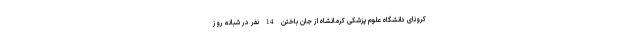
کرونای دانشگاه علوم پزشکی کرمانشاه از جان باختن 14 نفر در شبانه روز